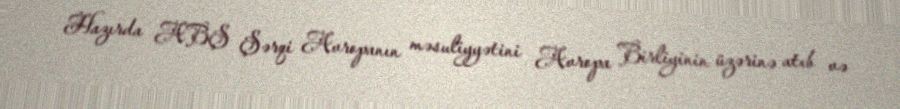
Hazırda ABŞ Şərqi Avropanın məsuliyyətini Avropa Birliyinin üzərinə atıb və